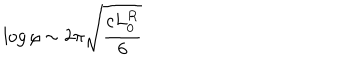
\log \rho \sim 2 \pi \sqrt { \frac { c L _ { 0 } ^ { R } } { 6 } }